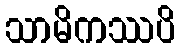
သာမိကဿပိ